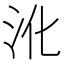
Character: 沎